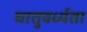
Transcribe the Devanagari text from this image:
घातुवर्ध्यता